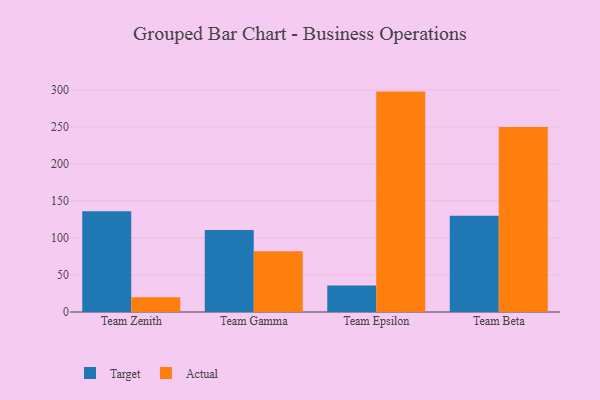
{"axis": {"x": "Team", "y": "Active Users"}, "legend": ["Actual", "Target"], "data": [{"x": "Team Zenith", "y": 136.0, "type": "Target"}, {"x": "Team Zenith", "y": 19.9, "type": "Actual"}, {"x": "Team Gamma", "y": 110.9, "type": "Target"}, {"x": "Team Gamma", "y": 82.2, "type": "Actual"}, {"x": "Team Epsilon", "y": 35.7, "type": "Target"}, {"x": "Team Epsilon", "y": 297.7, "type": "Actual"}, {"x": "Team Beta", "y": 130.0, "type": "Target"}, {"x": "Team Beta", "y": 250.0, "type": "Actual"}]}